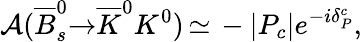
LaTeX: {\cal A}({\overline{{{B}}}}_{s}^{0}{\to}{\overline{{{K}}}}^{0}K^{0})\, {\simeq}\, -{\vert}P_{c}{\vert}e^{-i{\delta}_{P}^{c}},